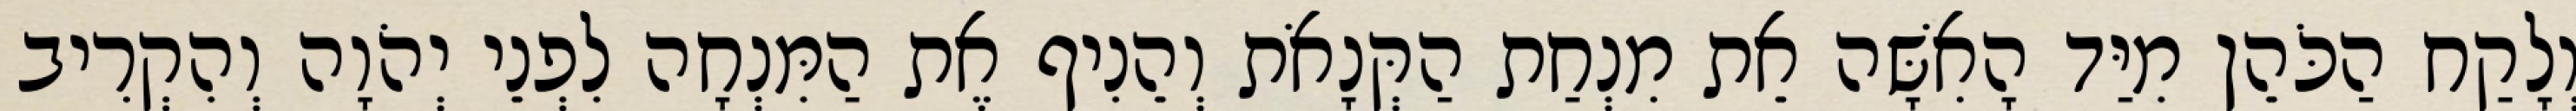
וְלָקַח הַכֹּהֵן מִיַּד הָאִשָּׁה אֵת מִנְחַת הַקְּנָאֹת וְהֵנִיף אֶת הַמִּנְחָה לִפְנֵי יְהֹוָה וְהִקְרִיב